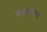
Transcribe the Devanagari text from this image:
अकाम्बिस